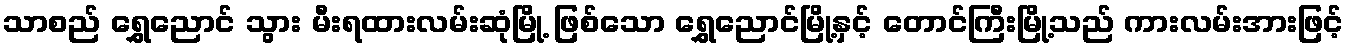
သာစည် ရွှေညောင် သွား မီးရထားလမ်းဆုံမြို့ ဖြစ်သော ရွှေညောင်မြို့နှင့် တောင်ကြီးမြို့သည် ကားလမ်းအားဖြင့်